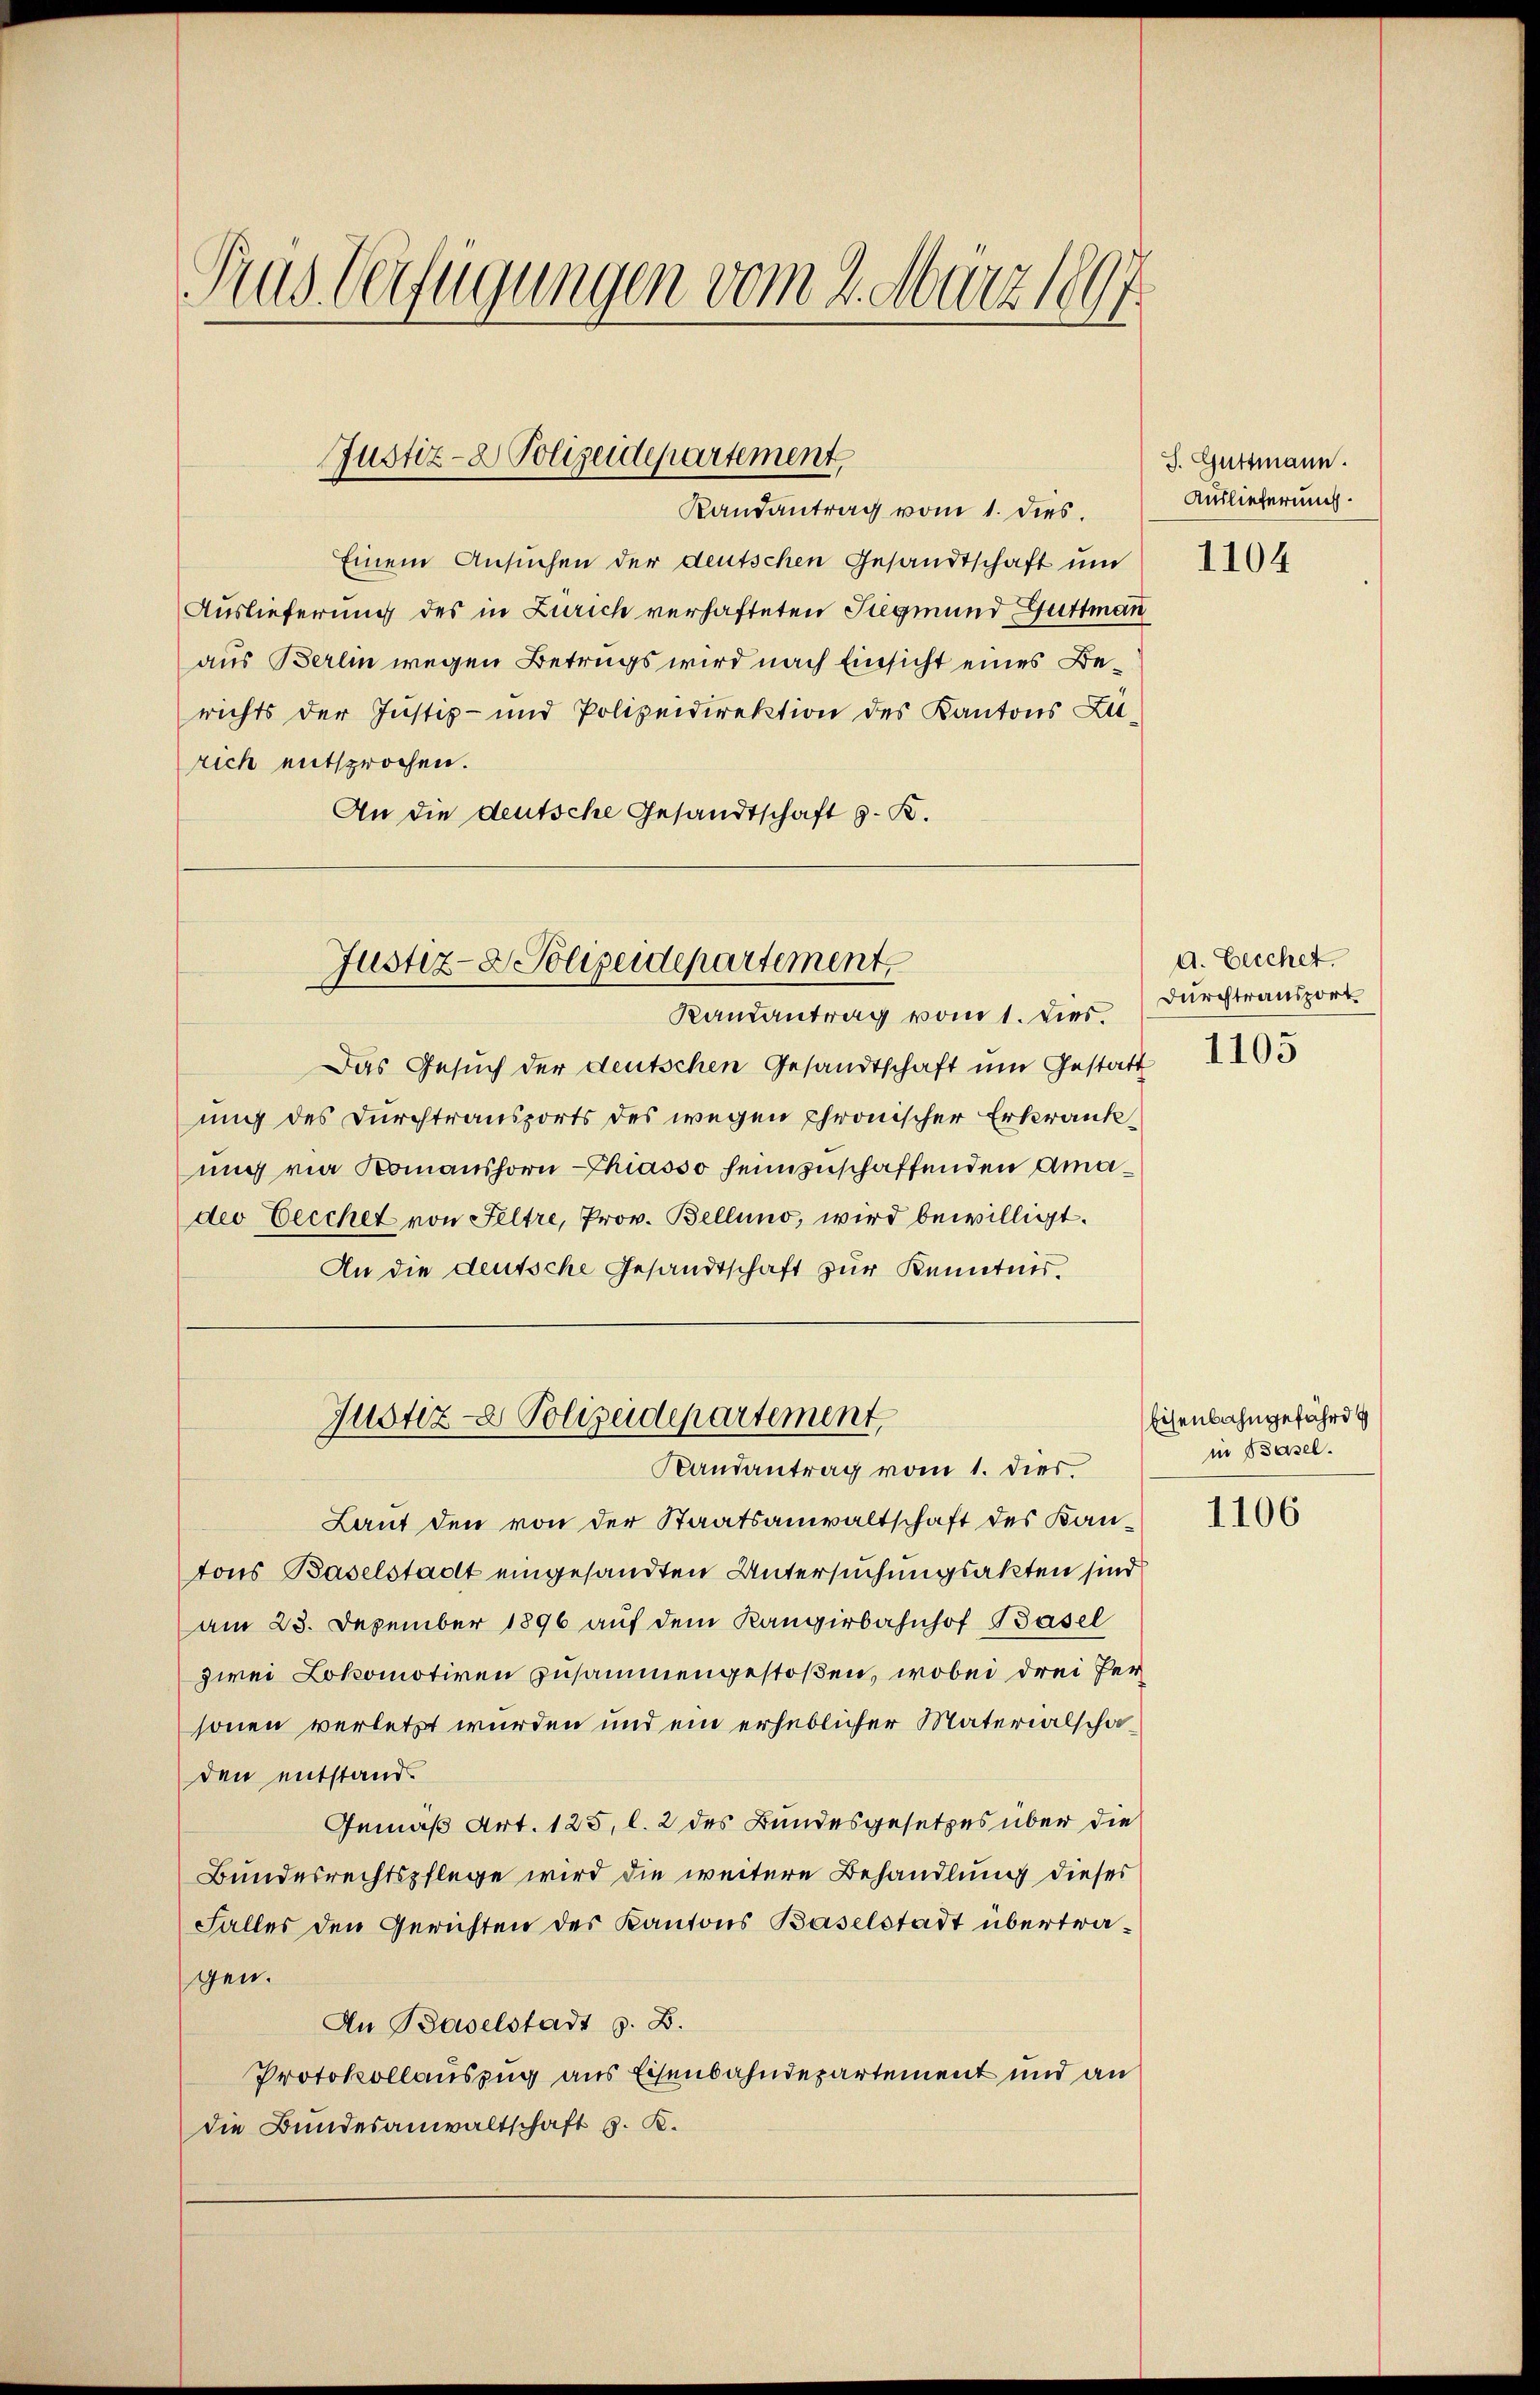
Gras Verfügungen vom 2. März 1897.

Justiz- & Polizeidepartement
Randantrag vom 1. dies

Einem Ansuchen der deutschen Gesandtschaft und
Auslieferung des in Zürich verhafteten Siegmund Guttmann
aus Berlin wegen Betrugs wird nach Einsicht eines Berichts der Justiz- und Polizeidirektion des Kantons Zu-
rich entsprochen.
An die deutsche Gesandtschaft z. B.

Justiz- & Polizeidepartement
Randantrag vom 1. dies.

Das Gesŭch der deutschen Gesandtschaft um Gestatt 105
ung des Durchtransports des wegen Chronischer Erkrankung via Komanshorn Chiasso heimzuschaffenden Amadeo Eecchet von Feltre, Prov. Bellino, wird bewilligt.
An die deutsche Gesandtschaft zur Kenntnis.

Justiz- Polizeidepartement,
Randantrag vom 1. dies

Laut den von der Staatsanwaltschaft des Kantons Baselstadt eingesandten Untersuchungsakten sind
am 23. Dezember 1896 auf dem Kangirbahnhof Basel
zwei Lokomotiven zusammengestoßen, wobei drei Personen verletzt wurden und ein erheblicher Materialschaden entstand.
Gemäß Art. 125, l. 2 des Bundesgesetzes über die
Bundesrechtspflege wird die weitere Behandlung dieses
Falles den Gerichten des Kantons Baselstadt übertragen.
An Baselstadt z. B.
Protokollauszug aus Eisenbahndepartement und an
die Bundesanwaltschaft G. K.

J. Guttmann.
Auslieferung.

1104

d. Liecher.
Durchtransport

Eisenbahngefährd
in Basel.

1106